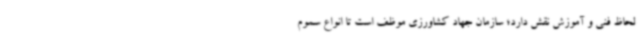
لحاظ فنی و آموزش نقش دارد؛ سازمان جهاد کشاورزی موظف است تا انواع سموم